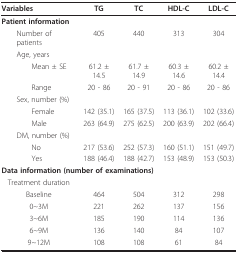
<table><thead><tr><td><b>Variables</b></td><td><b>TG</b></td><td><b>TC</b></td><td><b>HDL-C</b></td><td><b>LDL-C</b></td></tr></thead><tbody><tr><td colspan="5"><b>Patient information</b></td></tr><tr><td> Number of patients</td><td>405</td><td>440</td><td>313</td><td>304</td></tr><tr><td> Age, years</td><td></td><td></td><td></td><td></td></tr><tr><td>Mean ± SE</td><td>61.2 ± 14.5</td><td>61.7 ± 14.9</td><td>60.3 ± 14.6</td><td>60.2 ± 14.4</td></tr><tr><td>Range</td><td>20 - 86</td><td>20 - 91</td><td>20 - 86</td><td>20 - 86</td></tr><tr><td> Sex, number (%)</td><td></td><td></td><td></td><td></td></tr><tr><td>Female</td><td>142 (35.1)</td><td>165 (37.5)</td><td>113 (36.1)</td><td>102 (33.6)</td></tr><tr><td>Male</td><td>263 (64.9)</td><td>275 (62.5)</td><td>200 (63.9)</td><td>202 (66.4)</td></tr><tr><td> DM, number (%)</td><td></td><td></td><td></td><td></td></tr><tr><td>No</td><td>217 (53.6)</td><td>252 (57.3)</td><td>160 (51.1)</td><td>151 (49.7)</td></tr><tr><td>Yes</td><td>188 (46.4)</td><td>188 (42.7)</td><td>153 (48.9)</td><td>153 (50.3)</td></tr><tr><td colspan="5"><b>Data information (number of examinations)</b></td></tr><tr><td>Treatment duration</td><td></td><td></td><td></td><td></td></tr><tr><td>Baseline</td><td>464</td><td>504</td><td>312</td><td>298</td></tr><tr><td>0~3M</td><td>221</td><td>262</td><td>137</td><td>156</td></tr><tr><td>3~6M</td><td>185</td><td>190</td><td>114</td><td>136</td></tr><tr><td>6~9M</td><td>136</td><td>140</td><td>84</td><td>107</td></tr><tr><td>9~12M</td><td>108</td><td>108</td><td>61</td><td>84</td></tr></tbody></table>